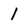
Character: 1